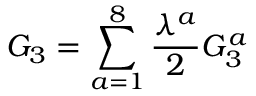
G _ { 3 } = \sum _ { a = 1 } ^ { 8 } \frac { \lambda ^ { a } } { 2 } G _ { 3 } ^ { a } \,